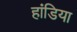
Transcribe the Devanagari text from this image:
हांडिया